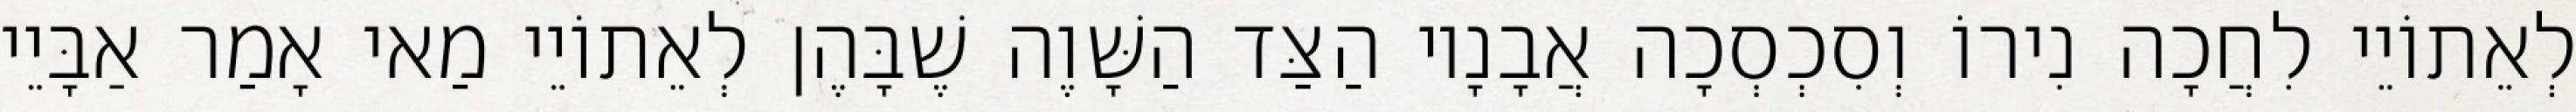
לְאֵתוֹיֵי לִחֲכָה נִירוֹ וְסִכְסְכָה אֲבָנָיו הַצַּד הַשָּׁוֶה שֶׁבָּהֶן לְאֵתוֹיֵי מַאי אָמַר אַבָּיֵי